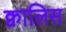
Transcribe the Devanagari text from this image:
क्वालिस